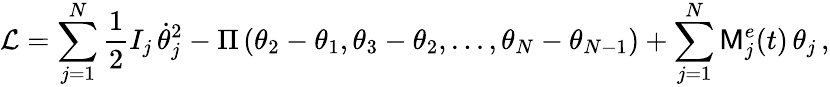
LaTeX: \mathcal{L}=\sum_{j=1}^{N}\frac{1}{2}I_{j}\, \dot{\theta}_{j}^{2}-\Pi\left(\theta_{2}-\theta_{1},\theta_{3}-\theta_{2},...,\theta_{N}-\theta_{N-1}\right)+\sum_{j=1}^{N}\mathsf{M}_{j}^{e}(t)\, \theta_{j}\, ,